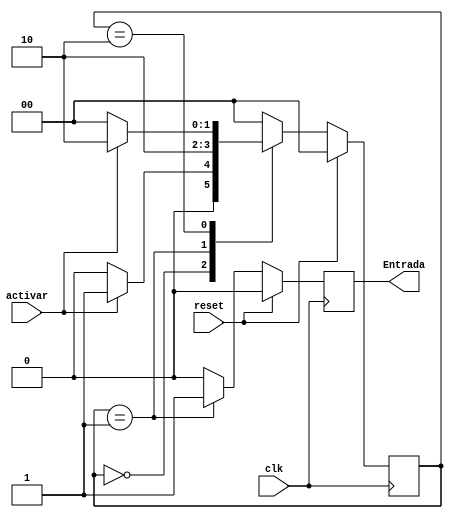
`timescale 1ns / 1ps
//////////////////////////////////////////////////////////////////////////////////
// Company: 
// Engineer: 
// 
// Design Name: 
// Module Name:    FMS_AntiRebote 
// Project Name: 
// Target Devices: 
// Tool versions: 
// Description: 
//
// Dependencies: 
//
// Revision: 
// Revision 0.01 - File Created
// Additional Comments: 
//
//////////////////////////////////////////////////////////////////////////////////
module FMS_AntiRebote(activar,clk,reset,Entrada);
input clk,reset,activar;
output reg Entrada;
parameter state1 = 2'b00;
parameter state2 = 2'b01;
parameter state3 = 2'b10;

reg [1:0] state = state1;

   always@(posedge clk)
      if (reset) begin
         state <= state1;
         Entrada = 0;
      end
      else
         case (state)
            state1 : 
					begin
               if (activar)
                  state <= state2;
               else
                  state <= state1;
						Entrada = 0;
					end
            state2 : 
					begin
						Entrada = 1;
                  state <= state3;
					end
            state3 :
					begin
               if (activar)
					begin
                  state <= state3;
						Entrada = 0;
					end
               else
                  state <= state1;
						Entrada = 0;
					end
            
            default : 
					begin  
               state <= state1;
               Entrada = 0;
					end   
         endcase
			
endmodule